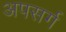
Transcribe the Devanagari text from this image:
अपसर्ग